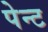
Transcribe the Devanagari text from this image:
पेन्‍ट